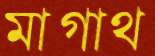
মাগাথ